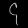
Digit: ၄